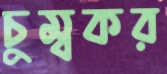
চুম্বকর